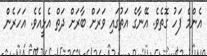
އެންމެ ފަހު ގޮތެވެ. އޭނާގެ އަތުގައި ވަރަށް ބާރަށް ދަތް އެޅީއެވެ. އަހަރެން